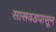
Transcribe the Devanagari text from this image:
सासवडपासून